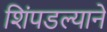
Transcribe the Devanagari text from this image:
शिंपडल्याने